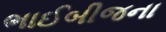
ભાઈબીજના